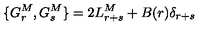
\{ G _ { r } ^ { M } , G _ { s } ^ { M } \} = 2 L _ { r + s } ^ { M } + B ( r ) \delta _ { r + s }